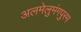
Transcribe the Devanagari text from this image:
अलमेलुमंगपुरम